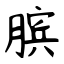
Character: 膑